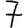
Digit: 7